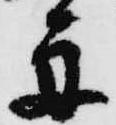
舟